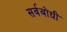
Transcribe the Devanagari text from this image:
सर्वबोधी